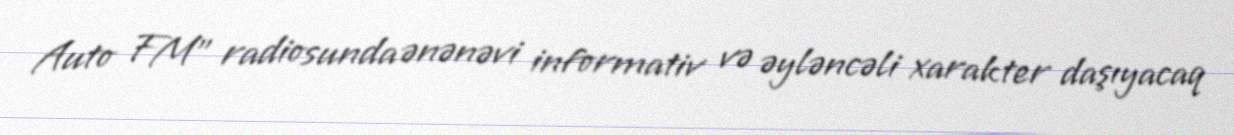
Auto FM" radiosunda ənənəvi informativ və əyləncəli xarakter daşıyacaq